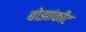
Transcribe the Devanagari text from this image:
बोझांकीट